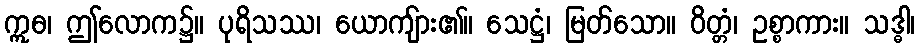
ဣဓ၊ ဤလောက၌။ ပုရိသဿ၊ ယောကျ်ား၏။ သေဋ္ဌံ၊ မြတ်သော။ ဝိတ္တံ၊ ဥစ္စာကား။ သဒ္ဓါ၊